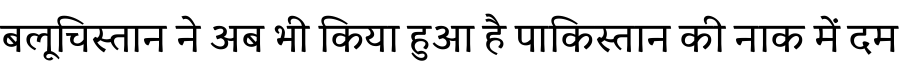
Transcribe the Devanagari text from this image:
बलूचिस्तान ने अब भी किया हुआ है पाकिस्तान की नाक में दम